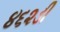
૪૬૨ડી